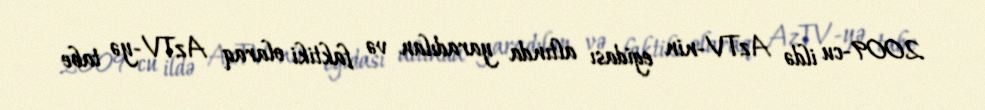
2009-cu ildə AzTV-nin egidası altında yaradılan və faktiki olaraq AzTV-yə tabe